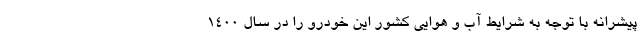
پیشرانه با توجه به شرایط آب و هوایی کشور این خودرو را در سال 1400